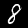
Digit: 8